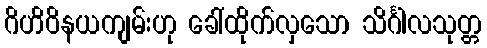
ဂိဟိဝိနယကျမ်းဟု ခေါ်ထိုက်လှသော သိင်္ဂါလသုတ္တ